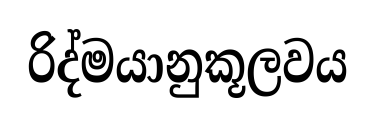
රිද්මයානුකූලවය